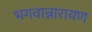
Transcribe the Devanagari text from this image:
भगवान्नारायण